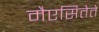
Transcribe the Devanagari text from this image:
मैएसितेते